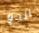
الجو